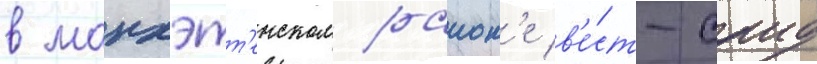
в манхэтт'енском раион'е в'е́ст-саид